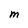
Character: M